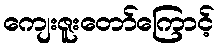
ကျေးဇူးတော်ကြောင့်